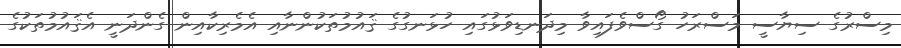
މިސްރުގެ ސިޔާސީ މަސްރަހު ގޯސްވެފައިވާ މިދަނޑިވަޅުގައި ހުޅަނގުގެ ޤައުމުތަކުންނާއި އެމެރިކާއިން ގެންދަނީ އެޤައުމުތަކުގެ